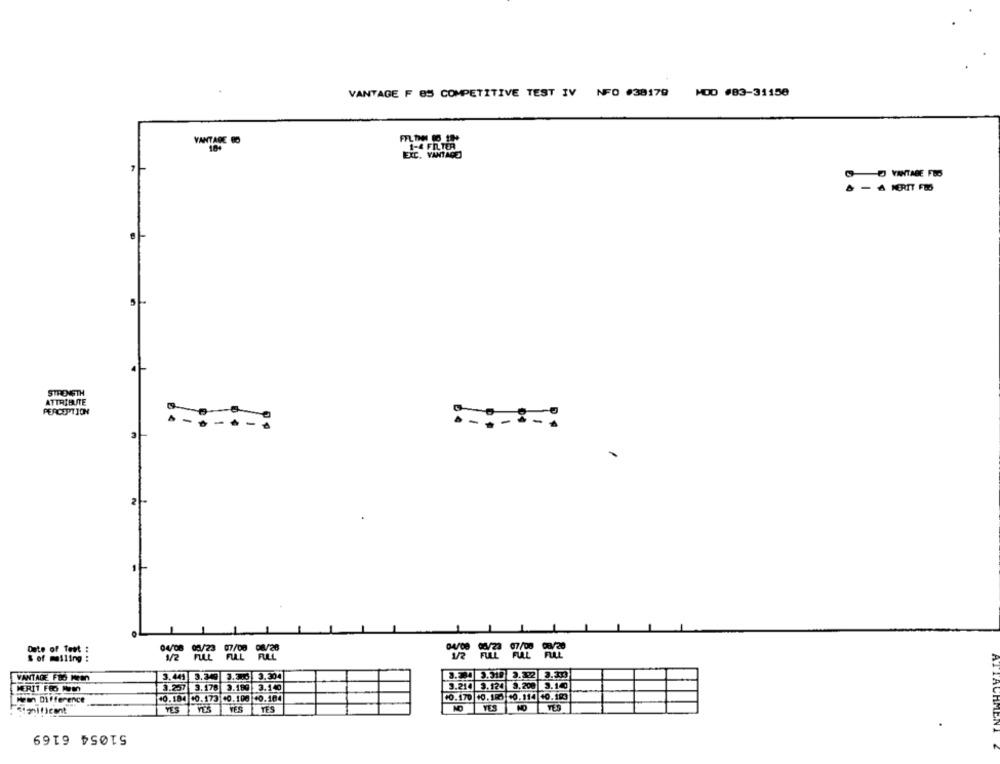
VANTAGE F 85 COMPETITIVE TEST IV NFO #38179 MOD #83-31158
VANTAGE BO
EXC. VANTAGE
G VANTABE FES
& - A MERIT FES
STRENGTH
ATTRIBUTE
PERCEPTION
Date of Test :
& of mailing :
....
VANTAGE FED WEB
3.441 3.349
3.386 3.304
2.
3.257 3.178 3.199 3.140
3.214 3.124
3.140
MERIT FRO Hm
+0.170 10.185 00. 114 40.183
Mean Difference
10.184 00.173 40.100 40.104
simificant
YES YES
YES
TES
YES
NO
TES
51054 6169